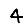
Digit: 4